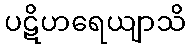
ပဋိဟရေယျာသိ